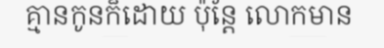
គ្មានកូនក៏ដោយ ប៉ុន្តែ លោកមាន